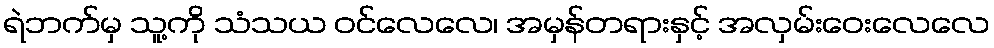
ရဲဘက်မှ သူ့ကို သံသယ ဝင်လေလေ၊ အမှန်တရားနှင့် အလှမ်းဝေးလေလေ